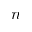
n